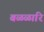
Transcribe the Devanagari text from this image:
बळळारि